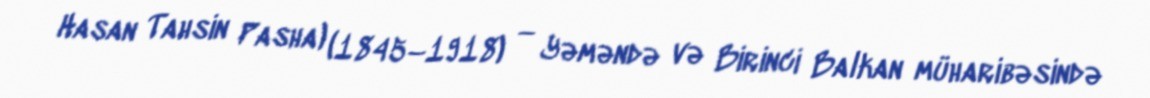
Hasan Tahsin Pasha) (1845–1918) — Yəməndə və Birinci Balkan müharibəsində